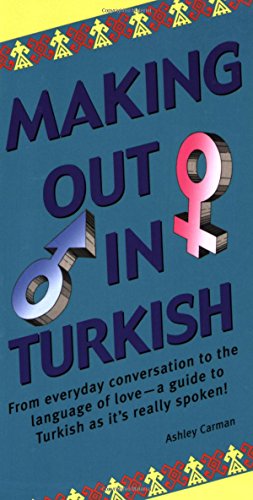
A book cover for Making Out in Turkish: (Turkish Phrasebook) (Making Out Books); Ashley Carman; Reference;